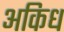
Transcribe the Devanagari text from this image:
अकिध